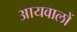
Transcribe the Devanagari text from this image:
आयवालों